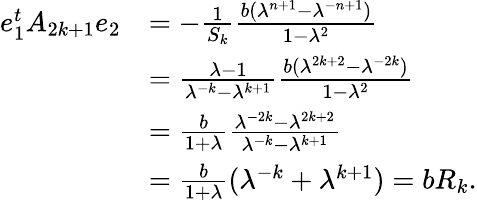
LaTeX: \begin{array}{rl}{e_{1}^{t}A_{2k+1}e_{2}}&{=-\frac{1}{S_{k}}\frac{b(\lambda^{n+1}-\lambda^{-n+1})}{1-\lambda^{2}}}\\ &{=\frac{\lambda-1}{\lambda^{-k}-\lambda^{k+1}}\frac{b(\lambda^{2k+2}-\lambda^{-2k})}{1-\lambda^{2}}}\\ &{=\frac{b}{1+\lambda}\frac{\lambda^{-2k}-\lambda^{2k+2}}{\lambda^{-k}-\lambda^{k+1}}}\\ &{=\frac{b}{1+\lambda}(\lambda^{-k}+\lambda^{k+1})=bR_{k}.}\end{array}